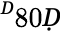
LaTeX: ^Ḋ80Ḍ